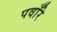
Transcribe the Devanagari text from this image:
पवाँरे